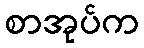
စာအုပ်က